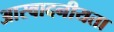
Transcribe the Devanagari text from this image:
आस्वादनीयता